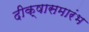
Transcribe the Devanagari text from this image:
दीक्षासमारंभ